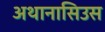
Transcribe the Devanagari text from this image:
अथानासिउस